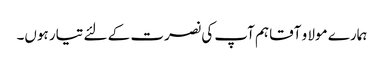
ہمارے مولا و آقا ہم آپ کی نصرت کے لئے تیار ہوں۔